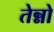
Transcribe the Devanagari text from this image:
तेन्नो